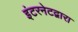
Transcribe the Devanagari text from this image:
इंटरनेटद्वारा